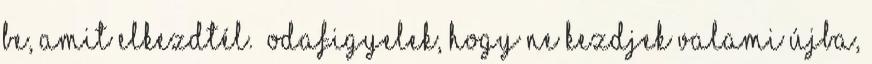
be, amit elkezdtél.” Odafigyelek, hogy ne kezdjek valami újba,